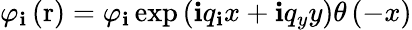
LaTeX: {{\varphi}_{\mathbf{i}}}\left(\mathrm{{r}}\right)={{\varphi}_{\mathbf{i}}}\exp\left(\mathbf{i}{{q}_{\mathbf{i}}}x+\mathbf{i}{{q}_{y}}y\right)\theta\left(-x\right)